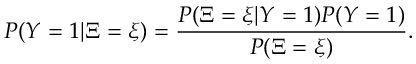
P ( Y = 1 | \Xi = \xi ) = \frac { P ( \Xi = \xi | Y = 1 ) P ( Y = 1 ) } { P ( \Xi = \xi ) } .